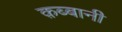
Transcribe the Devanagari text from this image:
क़ब्बानी